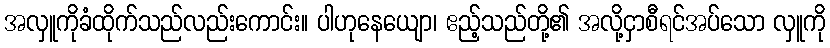
အလှူကိုခံထိုက်သည်လည်းကောင်း။ ပါဟုနေယျော၊ ဧည့်သည်တို့၏ အလို့ငှာစီရင်အပ်သော လှူကို